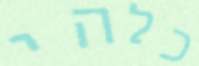
כלהי